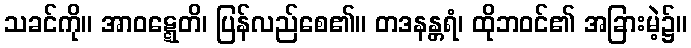
သခင်ကို။ အာဝဋ္ဋေတိ၊ ပြန်လည်စေ၏။ တဒနန္တရံ၊ ထိုဘဝင်၏ အခြားမဲ့၌။